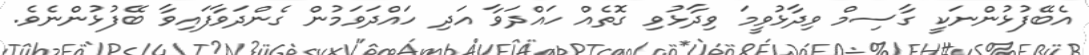
އެބޭފުޅުންނަކީ ގާސިމް ވިދާޅުވީމަ ވިދާޅުވި ގޮތެއް ހައްދަވާ އަދި ހައްދަވަމުން ގެންދަވާފައިވާ ބޭފުޅުންނެވެ.